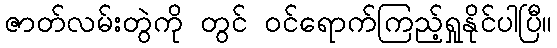
ဇာတ်လမ်းတွဲကို တွင် ဝင်ရောက်ကြည့်ရှုနိုင်ပါပြီ။